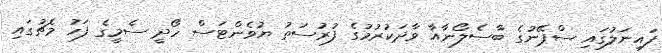
ފައިނަލުގައި ސްޕޭނުގެ ބާސެލޯނާއާ ވާދަކުރުމުގެ ފުރުސަތު ޔުވެންޓަސް ހޯދީ ސެމީގެ ފަހު މެޗުގައި